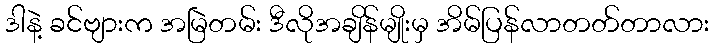
ဒါနဲ့ ခင်ဗျားက အမြဲတမ်း ဒီလိုအချိန်မျိုးမှ အိမ်ပြန်လာတတ်တာလား